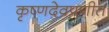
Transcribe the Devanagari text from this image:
कृष्णदेवप्रणीत